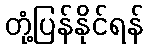
တုံ့ပြန်နိုင်ရန်